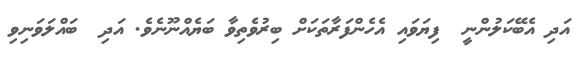
އަދި އެބޭކަލުންނީ  ފިޔަވައި އެހެންފަރާތަކަށް ބިރުވެތިވާ ބަޔެއްނޫނެވެ. އަދި  ބައްލަވަނިވި